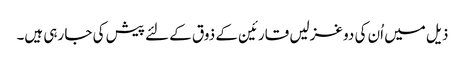
ذیل میں اُن کی دو غزلیں قارئین کے ذوق کے لئے پیش کی جا رہی ہیں۔